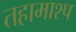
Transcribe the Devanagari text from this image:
तहामाश्प